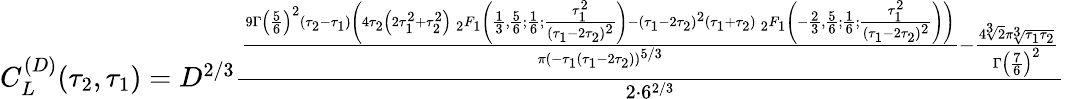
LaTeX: \begin{array}{r}{C_{L}^{(D)}(\tau_{2},\tau_{1})=D^{2/3}\frac{\frac{9\Gamma\left(\frac{5}{6}\right)^{2}(\tau_{2}-\tau_{1})\left(4\tau_{2}\left(2\tau_{1}^{2}+\tau_{2}^{2}\right)\, _{2}F_{1}\left(\frac{1}{3},\frac{5}{6};\frac{1}{6};\frac{\tau_{1}^{2}}{(\tau_{1}-2\tau_{2})^{2}}\right)-(\tau_{1}-2\tau_{2})^{2}(\tau_{1}+\tau_{2})\, _{2}F_{1}\left(-\frac{2}{3},\frac{5}{6};\frac{1}{6};\frac{\tau_{1}^{2}}{(\tau_{1}-2\tau_{2})^{2}}\right)\right)}{\pi(-\tau_{1}(\tau_{1}-2\tau_{2}))^{5/3}}-\frac{4\sqrt[3]{2}\pi\sqrt[3]{\tau_{1}\tau_{2}}}{\Gamma\left(\frac{7}{6}\right)^{2}}}{2\cdot 6^{2/3}}}\end{array}